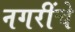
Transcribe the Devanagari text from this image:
नगरींचे